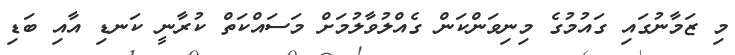
މި ޒަމާނުގައި ގައުމުގެ މިނިވަންކަން ގެއްލުވާލުމަށް މަސައްކަތް ކުރާނީ ކަނޑި އާއި ބަޑި